Code of medical and sanitary regulations for the guidance of medical officers serving in the Madras Presidency - Volume II
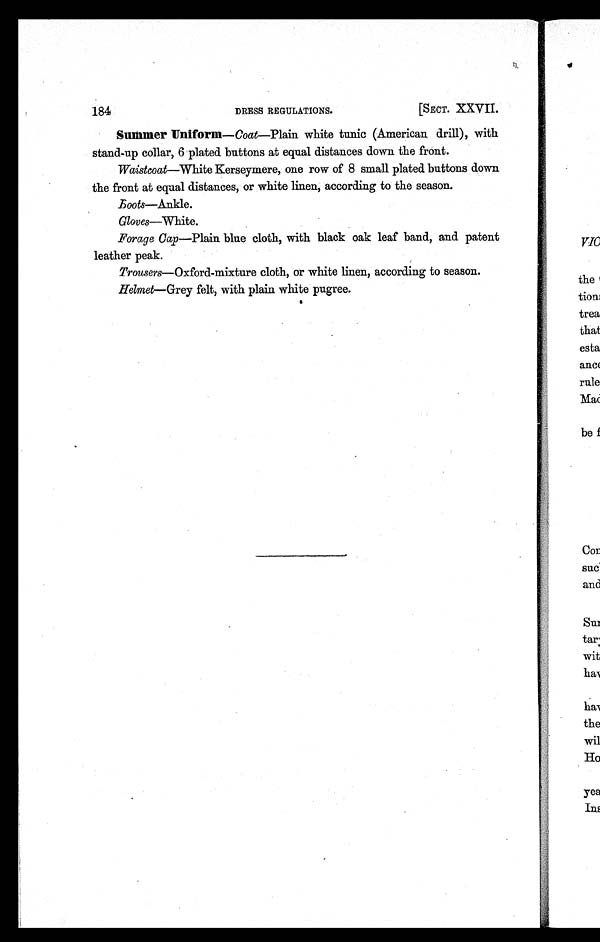
184
[SECT. XXVII.
DRESS REGULATIONS.
Summer Uniform Uniform—Coat—Plain white tunic (American drill), with
stand-up collar, 6 plated buttons at equal distances down the front.
Waistcoat—White Kerseymere, one row of 8 small plated buttons down
the front at equal distances, or white linen, according to the season.
Boots—Ankle.
Gloves—White.
Forage Cap—Plain blue cloth, with black oak leaf band, and patent
leather peak.
Trousers—Oxford-mixture cloth, or white linen, according to season.
Helmet— Grey felt, with plain white pugree.